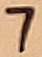
Text: 7